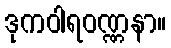
ဒုကဝါရဝဏ္ဏနာ။